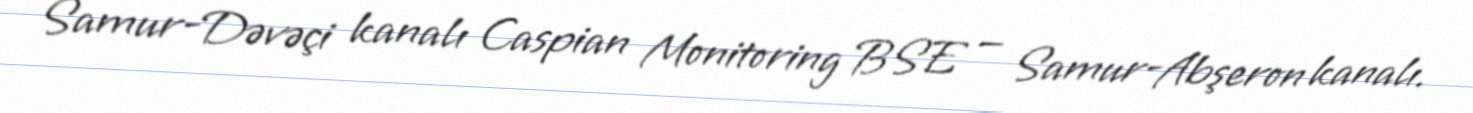
Samur-Dəvəçi kanalı Caspian Monitoring BSE — Samur-Abşeron kanalı.